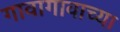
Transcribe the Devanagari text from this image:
गावागावाच्या